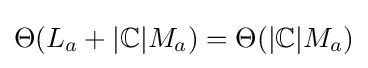
\Theta (L_{a}+\vert \mathbb {C} \vert M_{a})=\Theta (\vert \mathbb {C} \vert M_{a})